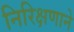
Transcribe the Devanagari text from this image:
निरिक्षणाने